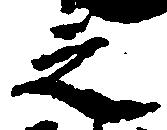
之